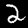
Label: 2